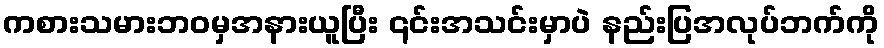
ကစားသမားဘဝမှအနားယူပြီး ၎င်းအသင်းမှာပဲ နည်းပြအလုပ်ဘက်ကို